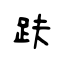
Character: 趺